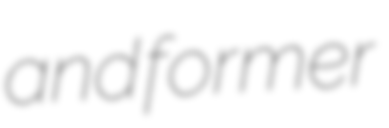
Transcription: and former